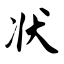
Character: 状